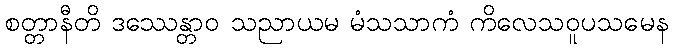
စတ္တာနီတိ ဒဿေန္တာဝ သညာယမ မံသသာကံ ကိလေသဝူပသမေန